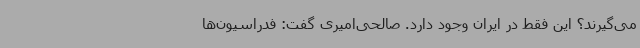
می‌گیرند؟ این فقط در ایران وجود دارد. صالحی‌امیری گفت: فدراسیون‌ها